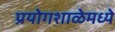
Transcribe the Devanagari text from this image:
प्रयोगशाळेमध्ये